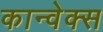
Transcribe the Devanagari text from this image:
कान्वेक्स